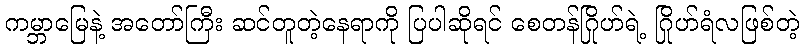
ကမ္ဘာမြေနဲ့ အတော်ကြီး ဆင်တူတဲ့နေရာကို ပြပါဆိုရင် စေတန်ဂြိုဟ်ရဲ့ ဂြိုဟ်ရံလဖြစ်တဲ့